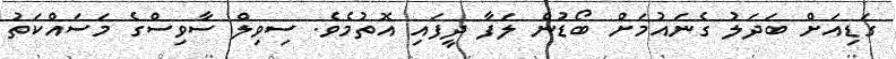
ގަޑިއަށް ބަދަލު ގެނައުމަށް ބޯޑުން ލަފާ ދީފައި އޮތުމެވެ. ސިވިލް ސާވިސްގެ މަސައްކަތު